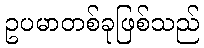
ဥပမာတစ်ခုဖြစ်သည်